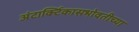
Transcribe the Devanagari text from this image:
अंटार्क्टिकासभोवतीच्या